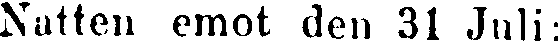
Natten emot den 31 Juli: